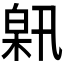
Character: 𤽰